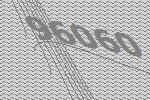
96060